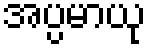
အပ္ပမာယု